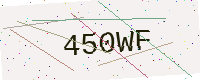
Text: 450WF